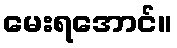
မေးရအောင်။